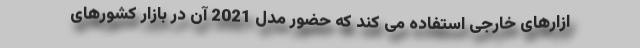
ازارهای خارجی استفاده می کند که حضور مدل 2021 آن در بازار کشورهای